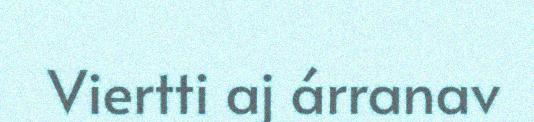
Viertti aj árranav